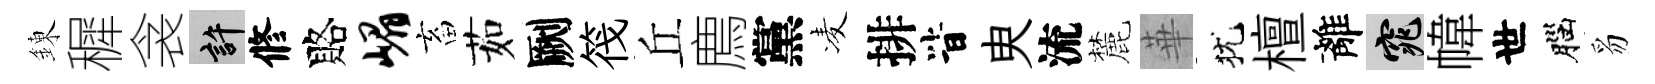
錬穉衾許修賂嵋畜茹劂筏丘廌黨凌排𣅜㬰流麓華犹檀離窕幃世腦豸